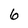
Character: 6